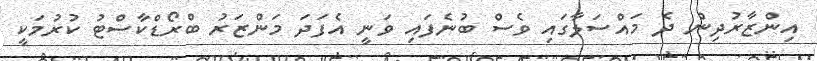
އިންޒާރުދިން ދެ މައްސަލާގައި ވެސް ބުނެފައި ވަނީ އެފަދަ މަންޒަރު ބްރޯޑްކާސްޓު ކުރުމަކީ